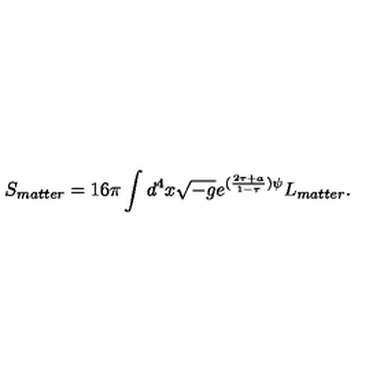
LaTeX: S _ { m a t t e r } = 1 6 \pi \int d ^ { 4 } x \sqrt { - g } e ^ { ( \frac { 2 \tau + a } { 1 - \tau } ) \psi } L _ { m a t t e r } .